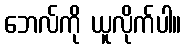
ဘေလ်ကို ယူလိုက်ပါ။